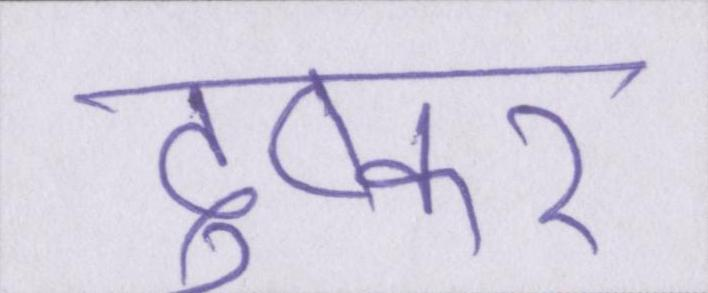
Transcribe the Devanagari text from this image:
दुष्कर